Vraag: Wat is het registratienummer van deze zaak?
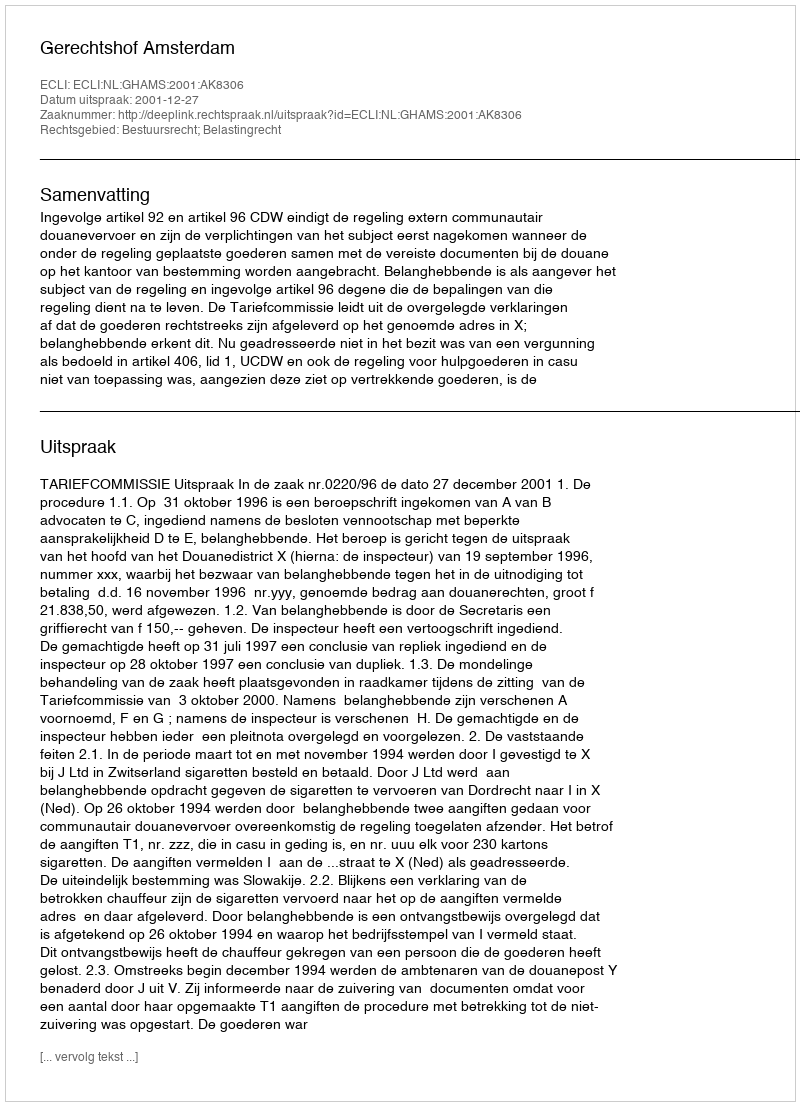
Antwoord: http://deeplink.rechtspraak.nl/uitspraak?id=ECLI:NL:GHAMS:2001:AK8306